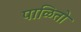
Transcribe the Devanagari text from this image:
पाळितो